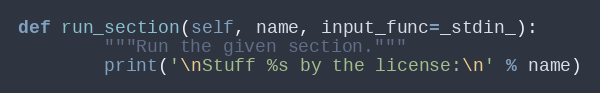
Language: Python
def run_section(self, name, input_func=_stdin_):
        """Run the given section."""
        print('\nStuff %s by the license:\n' % name)